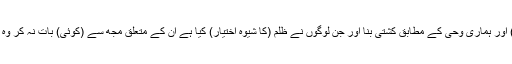
اور تو ہماری آنکھوں کے (سامنے) اور ہماری وحی کے مطابق کشتی بنا اور جن لوگوں نے ظلم (کا شیوہ اختیار) کیا ہے ان کے متعلق مجھ سے (کوئی) بات نہ کر وہ ضرور (ہی) غرق کیے جائیں گے۔